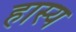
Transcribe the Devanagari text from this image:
हास्‍य